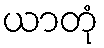
ယာတုံ